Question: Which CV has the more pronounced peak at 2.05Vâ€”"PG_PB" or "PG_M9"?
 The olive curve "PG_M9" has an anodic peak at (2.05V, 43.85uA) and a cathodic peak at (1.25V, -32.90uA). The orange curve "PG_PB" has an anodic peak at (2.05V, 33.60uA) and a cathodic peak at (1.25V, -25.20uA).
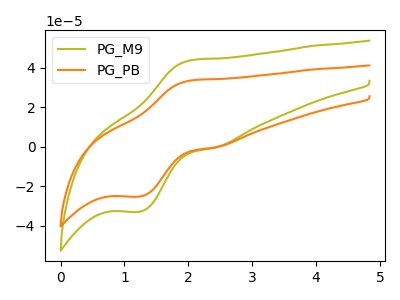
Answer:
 <answer>The peak at 2.05V is lower in "PG_PB" than in "PG_M9".</answer>
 <eval>lower</eval>